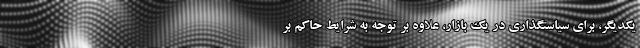
یکدیگر، برای سیاستگذاری در یک بازار، علاوه بر توجه به شرایط حاکم بر